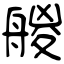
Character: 艐